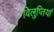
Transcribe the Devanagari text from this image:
विलुप्तियां